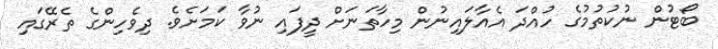
ބޯޓުން ނުކުތުމުގެ ހުއްދަ އެއާލައިނުން މިހާތަނަށް ދީފައި ނުވާ ކަމަށެވެ. ދިވެހިންގެ ތެރޭގައި